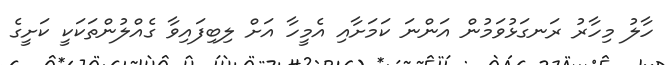
ހާލު މިހާރު ރަނގަޅުވަމުން އަންނަ ކަމަށާއި އެމީހާ އަށް ލިބިފައިވާ ގެއްލުންތަކަކީ ކަށީގެ